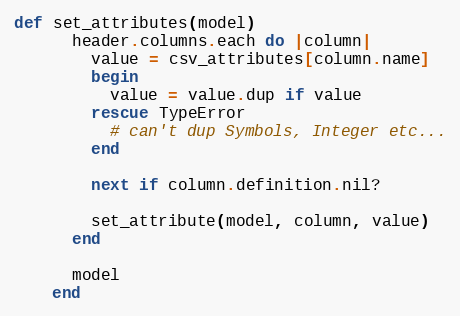
Language: Ruby
def set_attributes(model)
      header.columns.each do |column|
        value = csv_attributes[column.name]
        begin
          value = value.dup if value
        rescue TypeError
          # can't dup Symbols, Integer etc...
        end

        next if column.definition.nil?

        set_attribute(model, column, value)
      end

      model
    end